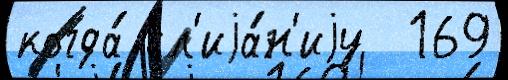
когда́ сл'иjа́н'иjу  169